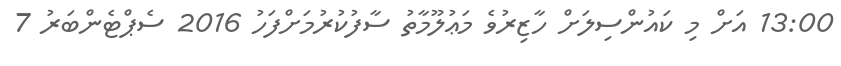
13:00 އަށް މި ކައުންސިލަށް ހާޒިރުވެ މަޢުލޫމާތު ސާފުކުރުމަށްފަހު 2016 ސެޕްޓެންބަރު 7